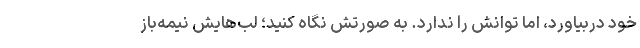
خود دربیاورد، اما توانش را ندارد. به صورتش نگاه کنید؛ لب‌هایش نیمه‌باز